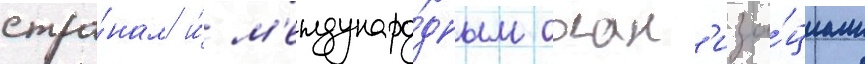
стра́нам и́ м'еждунаро́дным орган'иза́циам